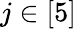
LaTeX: j\in[5]